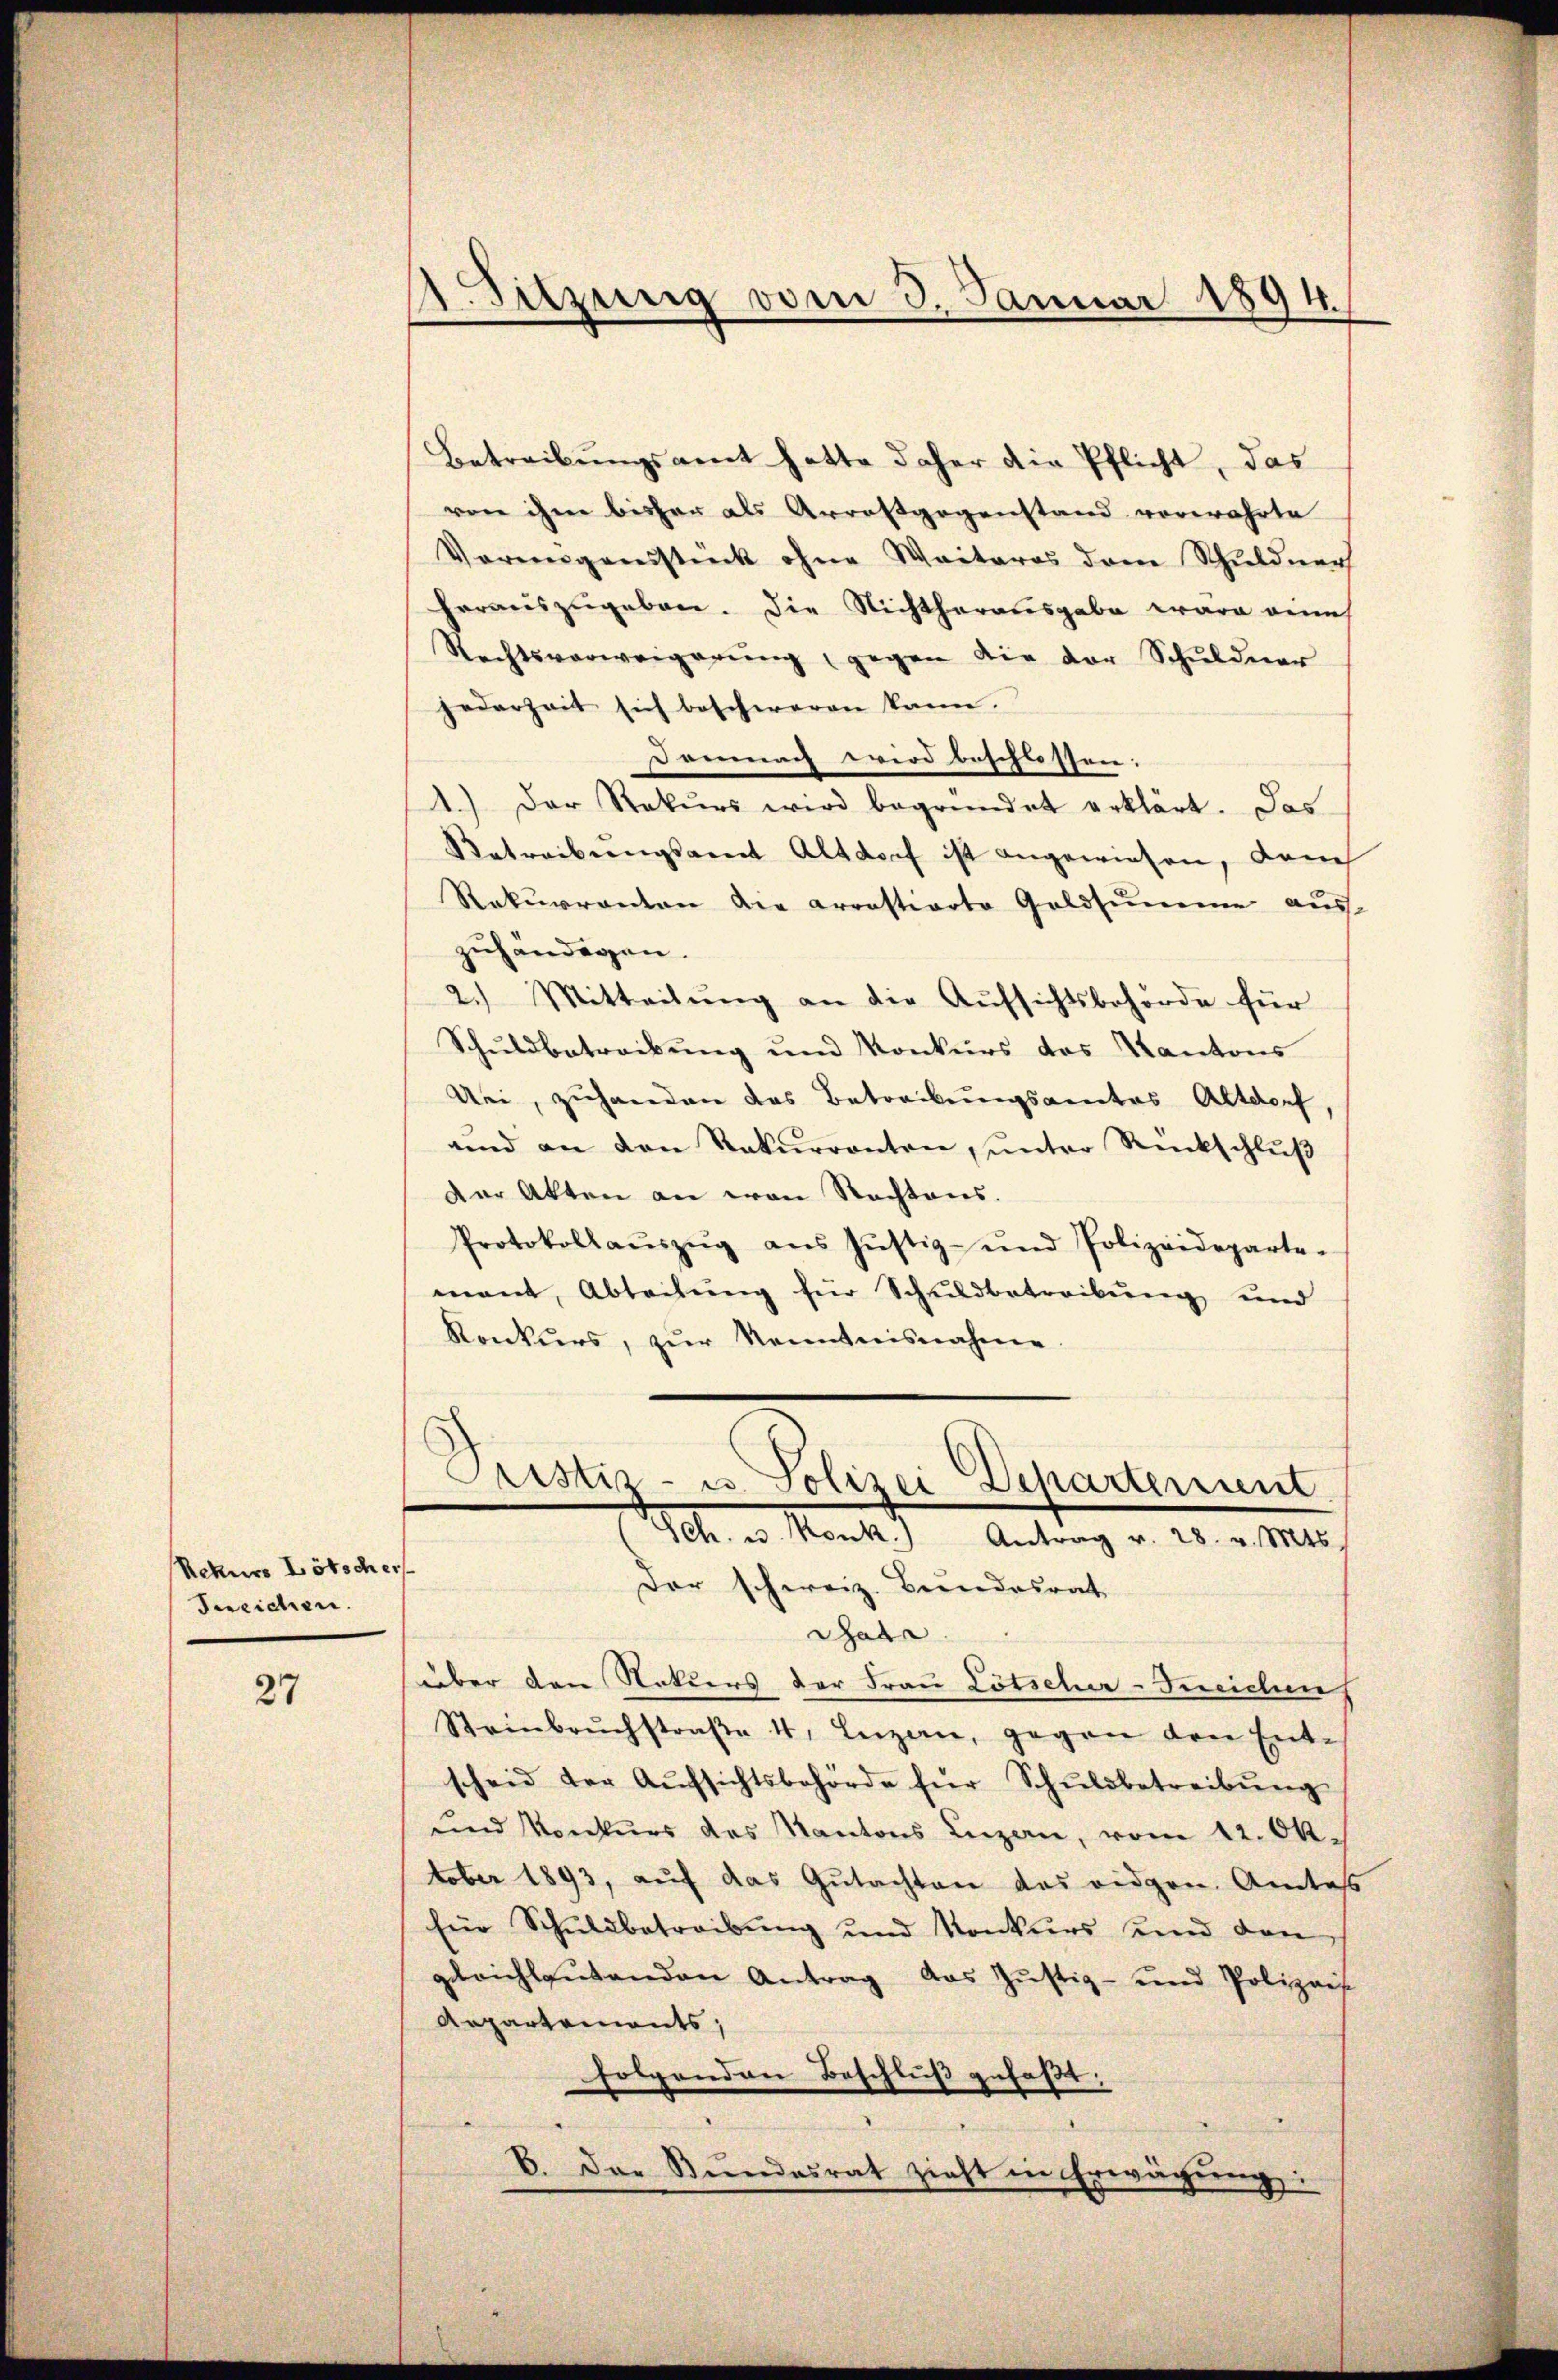
Rekurs Lötscher
Ineichen.

27

A.Sitzung vom 3. Januar 1894.

Betreibungsamt hatte daher die Pflicht, das
von ihm bisher als Arrestgegenstand verwahrte
Vermögensstück ohne Weiteres drei Schuldner
herauszugeben. Die Nichtherausgabe wäre eine
Rechtsverweigerŭng gegen die der Schŭldner
jederzeit sich beschweren kann.
Demnach wird beschlossen:
1.) Der Rekŭrs wird begründet erklärt. Das
Betreibungsamt Altdorf ist angewiesen, danch
Rekurrenten die arrestierte Geldsumme aus
zuhändigen.
2.) Mitteilung an die Aufsichtsbehörde für
Schuldbetreibung und Konkurs des Kantons
Uei, zuhanden das Betreibungsamtes Altdorf
und an den Rekurrenten, unter Rückschluß
Der Akten an von Rechtens.
Protokollaŭszŭg ans Jŭstiz- und Polizeideparte-
mant, Abteilŭng für Schuldbetreibŭng und
Konkurs, zur Kenntnisnahme

Pristiz- u. Polizei Departement
1fr. v. Mante
Antrag v. 28. v. Mts.
Der schweiz. Bundesrat

Sade.
über den Naturs der Frau Lötscher-Ineichn
Steinbruchstraβe 4. Lezan, gegen den Ent-
scheid der Aŭfsichtsbehörde für Schŭldbetreibŭng
und Konkurs des Kantons Luzern, vom 12. Oktober 1893, auf das Gutachten das eidgen. Amtess
Ein Schuldbetreibŭng und Konkurs und den
geleichlautenden Antrag das Justiz- und Polizeis
Aepartements,
folgenden Beschluß gefaßt:
E. Das Bundesrat zieht in Erwägung: